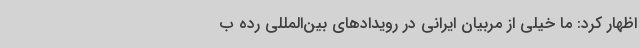
اظهار کرد: ما خیلی از مربیان ایرانی در رویدادهای بین‌المللی رده ب